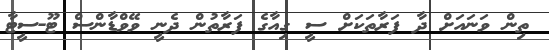
ތިން ވަނައަށް ދާ ފަރާތަކަށް ސީ ގިއާގެ ފަރާތުން ދެނީ ވޭވްޑާންސް ޓޫ-ސީޓާ